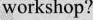
workshop?